Report of the Indian Hemp Drugs Commission, 1894-1895 - Volume I
Year: 1894
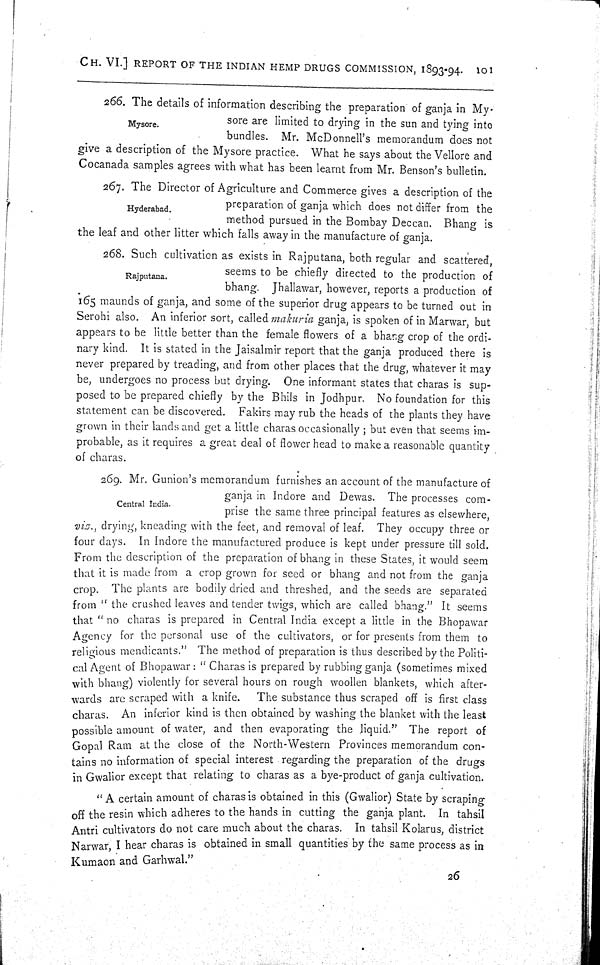
CH. VI.] REPORT OF THE INDIAN HEMP DRUGS COMMISSION, 1893-94.
101
266. The details of information describing the preparation of ganja in My-
Mysore.
sore are limited to drying in the sun and tying into
bundles. Mr. McDonnell's memorandum does not
give a description of the Mysore practice. What he says about the Vellore and
Cocanada samples agrees with what has been learnt from Mr. Benson's bulletin.
267. The Director of Agriculture and Commerce gives a description of the
Hyderabad.
preparation of ganja which does not differ from the
method pursued in the Bombay Deccan. Bhang is
the leaf and other litter which falls away in the manufacture of ganja.
268. Such cultivation as exists in Rajputana, both regular and scattered,
Rajputana.
seems to be chiefly directed to the production of
bhang. Jhallawar, however, reports a production of
165 maunds of ganja, and some of the superior drug appears to be turned out in
Serohi also. An inferior sort, called makuria ganja, is spoken of in Marwar, but
appears to be little better than the female flowers of a bhang crop of the ordi¬
nary kind. It is stated in the Jaisalmir report that the ganja produced there is
never prepared by treading, and from other places that the drug, whatever it may
be, undergoes no process but drying. One informant states that charas is sup¬
posed to be prepared chiefly by the Bhils in Jodhpur. No foundation for this
statement can be discovered. Fakirs may rub the heads of the plants they have
grown in their lands and get a little charas occasionally; but even that seems im¬
probable, as it requires a great deal of flower head to make a reasonable quantity
of charas.
269. Mr. Gunion's memorandum furnishes an account of the manufacture of
ganja in Indore and Dewas. The processes com¬
prise the same three principal features as elsewhere,
viz., drying, kneading with the feet, and removal of leaf. They occupy three or
four days. In Indore the manufactured produce is kept under pressure till sold.
From the description of the preparation of bhang in these States, it would seem
that it is made from a crop grown for seed or bhang and not from the ganja
crop. The plants are bodily dried and threshed, and the seeds are separated
from "the crushed leaves and tender twigs, which are called bhang." It seems
that "no charas is prepared in Central India except a little in the Bhopawar
Agency for the personal use of the cultivators, or for presents from them to
religious mendicants." The method of preparation is thus described by the Politi¬
cal Agent of Bhopawar: "Charas is prepared by rubbing ganja (sometimes mixed
with bhang) violently for several hours on rough woollen blankets, which after¬
wards are scraped with a knife.
The substance thus scraped off is first class
charas. An inferior kind is then obtained by washing the blanket with the least
possible amount of water, and then evaporating the liquid." The report of
Gopal Ram at the close of the North-Western Provinces memorandum con¬
tains no information of special interest regarding the preparation of the drugs
in Gwalior except that relating to charas as a bye-product of ganja cultivation.
"A certain amount of charas is obtained in this (Gwalior) State by scraping
off the resin which adheres to the hands in cutting the ganja plant. In tahsil
Antri cultivators do not care much about the charas. In tahsil Kolarus, district
Narwar, I hear charas is obtained in small quantities by the same process as in
Kumaon and Garhwal."
26
Central India.